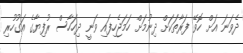
ދެވަނަ އަށް ހޮވޭ ފަރާތަކަށް ދިނުމަށް ހަމަޖެހިފައި ވަނީ ދިހަހާސް ރުފިޔާގެ އަގުހުރި